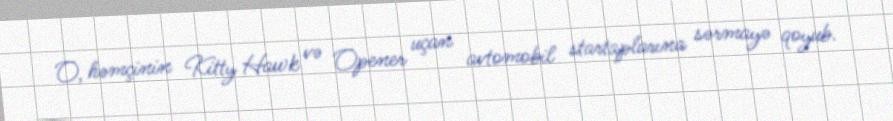
O, həmçinin Kitty Hawk və Opener uçan avtomobil startaplarına sərmayə qoyub.